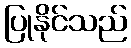
ပြုနိုင်သည်